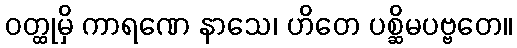
ဝတ္ထုမှိ ကာရဏေ နာသေ၊ ဟိတေ ပစ္ဆိမပဗ္ဗတေ။